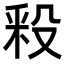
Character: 𣪖